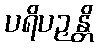
ပရိပဉှန္တိ